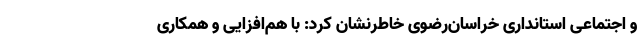
و اجتماعی استانداری خراسان‌رضوی خاطرنشان کرد: با هم‌افزایی و همکاری